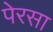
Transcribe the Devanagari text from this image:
पेरसा